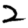
Digit: 2